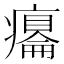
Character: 𤻋